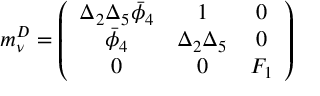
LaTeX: m _ { \nu } ^ { D } = \left( \begin{array} { c c c } { { \Delta _ { 2 } \Delta _ { 5 } \bar { \phi } _ { 4 } } } & { { 1 } } & { { 0 } } \\ { { \bar { \phi } _ { 4 } } } & { { \Delta _ { 2 } \Delta _ { 5 } } } & { { 0 } } \\ { { 0 } } & { { 0 } } & { { F _ { 1 } } } \end{array} \right)